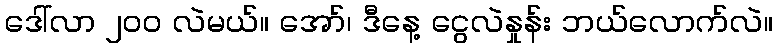
ဒေါ်လာ ၂၀၀ လဲမယ်။ အော်၊ ဒီနေ့ ငွေလဲနှုန်း ဘယ်လောက်လဲ။